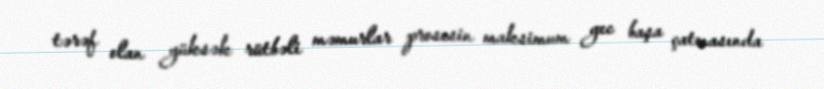
tərəf olan yüksək rütbəli məmurlar prosesin maksimum gec başa çatmasında